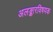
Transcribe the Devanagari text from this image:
अलङ्कारविषयक